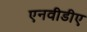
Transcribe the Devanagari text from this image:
एनवीडीए